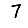
Digit: 7